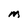
Character: M